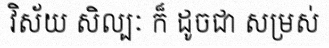
វិស័យ សិល្បៈ ក៏ ដូចជា សម្រស់